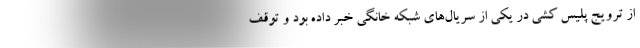
از ترویج پلیس کشی در یکی از سریال‌های شبکه خانگی خبر داده بود و توقف